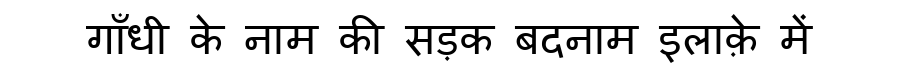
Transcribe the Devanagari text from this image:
गाँधी के नाम की सड़क बदनाम इलाक़े में